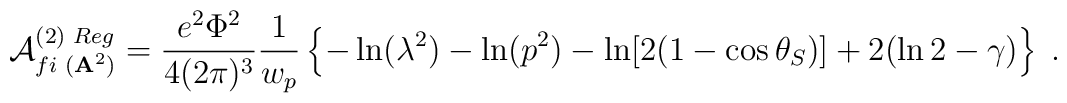
{\cal A}_{fi\,\,({\bf A}^{2})}^{(2)\,\,Reg}=\frac{e^{2}\Phi ^{2}}{4(2\pi)^{3}}\frac{1}{w_{p}}\left\{ -\ln (\lambda ^{2})-\ln (p^{2})-\ln [2(1-\cos\theta _{S})]+2(\ln 2-\gamma )\right\} \;.